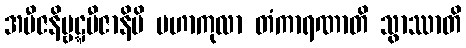
အဗီဇနိဗ္ဗဋ္ဋဗီဇာနိပိ မဟာကုလာ တံကာရဏာတိ သွာဿာတိ